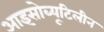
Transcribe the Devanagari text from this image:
आइसोब्यूटिलीन